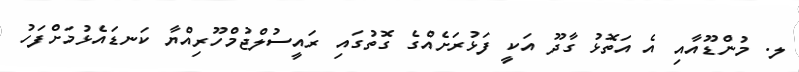
ލ. މުންޑޫއާއި އެ އަތޮޅު ގާދޫ އަކީ ފަޅުރަށެއްގެ ގޮތުގައި ރައީސުލްޖުމްހޫރިއްޔާ ކަނޑައެޅުމަށްފަހު